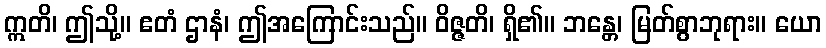
ဣတိ၊ ဤသို့။ ဧတံ ဌာနံ၊ ဤအကြောင်းသည်။ ဝိဇ္ဇတိ၊ ရှိ၏။ ဘန္တေ၊ မြတ်စွာဘုရား။ ယော